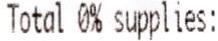
TOTAL 0% SUPPLIES: